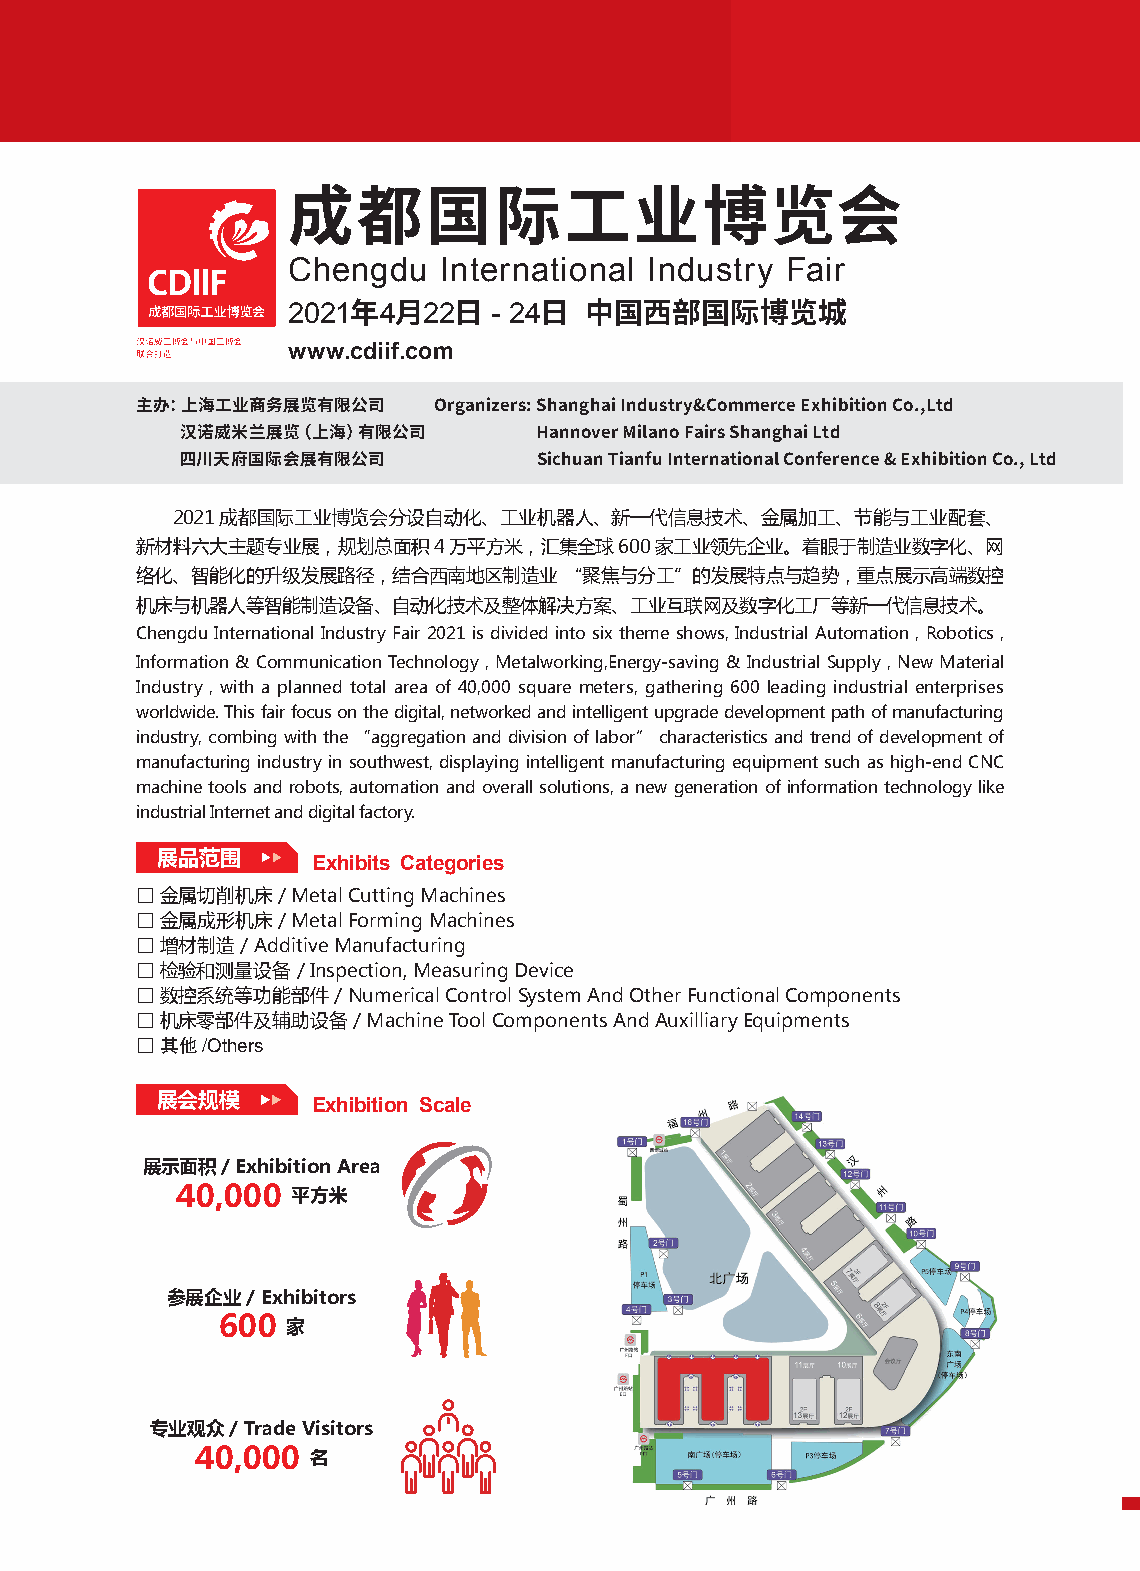
成都国际工业博览会
 Chengdu   International Industry Fair
 2021  4  22   - 24
 年  月   日     日  中国西部国际博览城
 www.cdiif.com
 主办：上海工业商务展览有限公司     Organizers: Shanghai Industry&Commerce Exhibition Co.,Ltd
 汉诺威米兰展览（上海）有限公司         Hannover Milano Fairs Shanghai Ltd
 四川天府国际会展有限公司            Sichuan Tianfu International Conference & Exhibition Co., Ltd
 2021成都国际工业博览会分设自动化、工业机器人、新一代信息技术、金属加工、节能与工业配套、
 新材料六大主题专业展，规划总面积4万平方米，汇集全球600家工业领先企业。着眼于制造业数字化、网
 络化、智能化的升级发展路径，结合西南地区制造业     “聚焦与分工”的发展特点与趋势，重点展示高端数控
 机床与机器人等智能制造设备、自动化技术及整体解决方案、工业互联网及数字化工厂等新一代信息技术。
 Chengdu International Industry Fair 2021 is divided into six theme shows, Industrial Automation , Robotics ,
 Information & Communication Technology , Metalworking,Energy-saving & Industrial Supply , New Material
 Industry , with a planned total area of 40,000 square meters, gathering 600 leading industrial enterprises
 worldwide. This fair focus on the digital, networked and intelligent upgrade development path of manufacturing
 industry, combing with the “aggregation and division of labor” characteristics and trend of development of
 manufacturing industry in southwest, displaying intelligent manufacturing equipment such as high-end CNC
 machine tools and robots, automation and overall solutions, a new generation of information technology like
 industrial Internet and digital factory.
 展品范围
 Exhibits Categories
 □ 金属切削机床 / Metal Cutting Machines
 □ 金属成形机床 / Metal Forming Machines
 □ 增材制造 / Additive Manufacturing
 □ 检验和测量设备  / Inspection, Measuring Device
 □ 数控系统等功能部件  / Numerical Control System And Other Functional Components
 □ 机床零部件及辅助设备  / Machine Tool Components And Auxilliary Equipments
 □ 其他/Others
 展会规模
 Exhibition Scale
 展示面积/  Exhibition Area
 40,000 平方米
 参展企业/ Exhibitors
 600  家
 专业观众/ Trade Visitors
 40,000  名